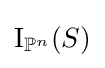
\operatorname {I} _{\mathbb {P} ^{n}}(S)